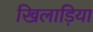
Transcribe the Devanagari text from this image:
खिलाड़िया